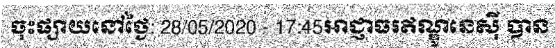
ចុះផ្សាយនៅថ្ងៃ: 28/05/2020 - 17:45អាជ្ញាធរឥណ្ឌូនេស៊ី បាន